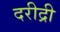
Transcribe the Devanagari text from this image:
दरीद्री